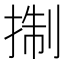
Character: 𢮓